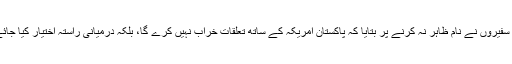
سابق سفیروں نے نام ظاہر نہ کرنے پر بتایا کہ پاکستان امریکہ کے ساتھ تعلقات خراب نہیں کرے گا، بلکہ درمیانی راستہ اختیار کیا جائے گا۔